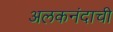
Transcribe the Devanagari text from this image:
अलकनंदाची